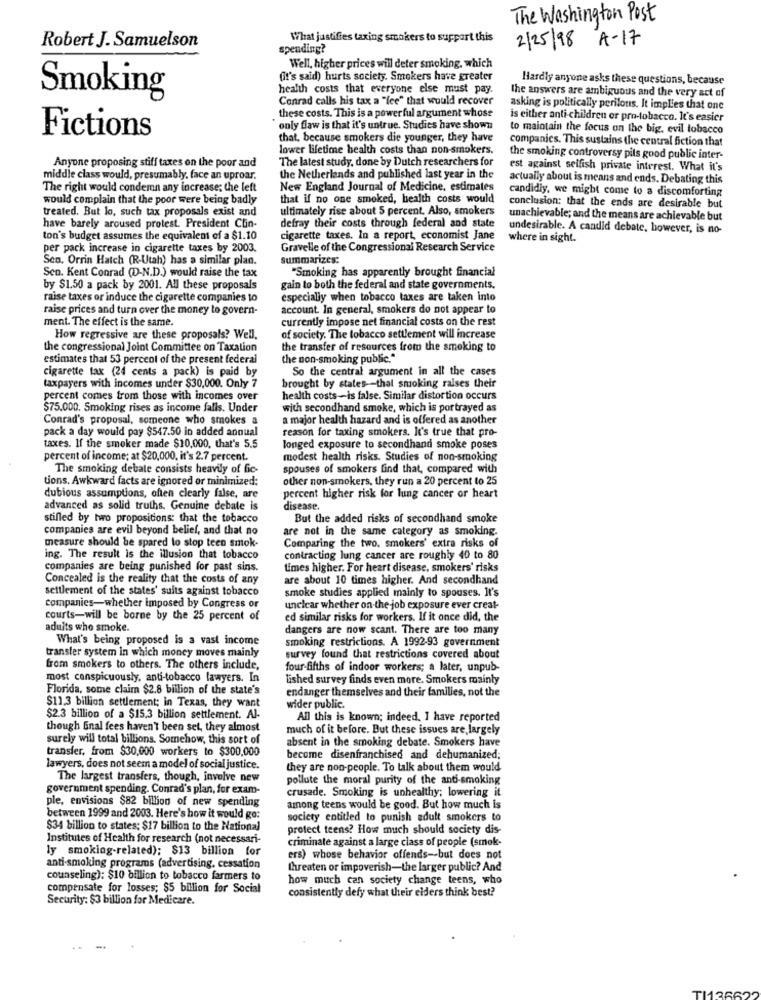
The Washington Post
Robert J. Samuelson
What justifies taxing smokers to support this
2/25/98 A-17
spending?
Well, higher prices will deter smoking, which
(it's said) hurts society. Smokers have greater
Hardly anyone asks these questions, because
Smoking
health costs that everyone else must pay.
the answers are ambiguous and the very act of
Conrad calls his tax a "fee" that would recover
asking is politically perilous. It implies that one
these costs. This is a powerful argument whose
is either anti-children or pro-tobacco. It's easier
only flaw is that it's untrue. Studies have shown
to maintain the focus on the big, evil tobacco
Fictions
that, because smokers die younger, they have
companies. This sustains the central fiction that
lower lifetime health costs than non-smokers.
Anyone proposing stiff taxes on the poor and
The latest study, done by Dutch researchers for
the smoking controversy pils good public inter-
est against selfish private interest. What it's
middle class would, presumably, face an uproar.
the Netherlands and published last year in the
actually about is means and ends. Debating this
The right would condemn any increase; the left
New England Journal of Medicine, estimates
candidiy, we might come to a discomforting
would complain that the poor were being badly
that if no one smoked, health costs would
treated. But lo, such tax proposals exist and
ultimately rise about 5 percent. Also, smokers
conclusion: that the ends are desirable but
unachievable; and the means are achievable but
have barely aroused protest. President Clin-
defray their costs through federal and state
undesirable. A candid debate, however, is no-
ton's budget assumes the equivalent of a $1.10
cigarette taxes. In a report, economist Jane
where in sight.
per pack increase in cigarette taxes by 2003.
Gravelle of the Congressional Research Service
Seo. Orrin Hatch (R-Utah) has a similar plan.
summarizes:
"Smoking has apparently brought financial
Sen. Kent Conrad (D-N.D.) would raise the tax
by $1.50 a pack by 2001. All these proposals
gain to both the federal and state governments.
raise taxes or induce the cigarette companies to
especially when tobacco taxes are taken into
raise prices and turn over the money to govern-
account. In general, smokers do not appear to
ment. The effect is the same.
currently impose net financial costs on the rest
How regressive are these proposals? Well.
of society. The tobacco settlement will increase
the congressional Joint Committee on Taxation
the transfer of resources from the smoking to
estimates that 53 percent of the present federal
the non-smoking public."
cigarette tax (24 cents a pack) is paid by
So the central argument in all the cases
taxpayers with incomes under $30,000. Only 7
brought by states -- that smoking raises their
percent comes from those with incomes over
health costs-is false. Similar distortion occurs
$75.000. Smoking rises as income falls. Under
with secondhand smoke, which is portrayed as
Conrad's proposal, someone who smokes a
a major health hazard and is offered as another
reason for taxing smokers. It's true that pro-
pack a day would pay $547.50 in added annual
taxes. If the smoker made $10,000, that's 5.5
longed exposure to secondhand smoke poses
percent of income; at $20,000, it's 2.7 percent.
modest health risks. Studies of non-smoking
The smoking debate consists heavily of fic-
spouses of smokers find that, compared with
tions. Awkward facts are ignored or minimized:
other non-smokers, they run a 20 percent to 25
dubious assumptions, often clearly false, are
percent higher risk for lung cancer or heart
advanced as solid truths. Genuine debate is
disease.
stifled by two propositions: that the tobacco
But the added risks of secondhand smoke
companies are evil beyond belief, and that no
are not in the same category as smoking.
measure should be spared to stop teen smok-
Comparing the two, smokers' extra risks of
ing. The result is the illusion that tobacco
contracting lung cancer are roughly 40 to 80
companies are being punished for past sins.
Umes higher. For heart disease, smokers' risks
Concealed is the reality that the costs of any
are about 10 times higher. And secondhand
settlement of the states' suits against tobacco
smoke studies applied mainly to spouses. It's
companies-whether imposed by Congress or
unclear whether on the job exposure ever creat-
courts-will be borne by the 25 percent of
ed similar risks for workers. If it once did, the
aduits who smoke.
dangers are now scant. There are too many
What's being proposed is a vast income
smoking restrictions. A 1992-93 government
transfer system in which money moves mainly
survey found that restrictions covered about
from smokers to others. The others include,
four-fifths of indoor workers; a later, unpub-
most conspicuously, anti-tobacco lawyers. In
Lished survey finds even more. Smokers mainly
Florida, some claim $2.8 billion of the state's
endanger themselves and their families, not the
$11.3 billion settlement; in Texas, they want
wider public.
$2.3 billion of a $15.3 billion settlement. Al-
All this is known; indeed. I have reported
though Gnal fees haven't been set, they almost
much of it before. But these issues are largely
surely will total billions. Somehow, this sort of
absent in the smoking debate. Smokers have
transfer, from $30,000 workers to $300,000
become disenfranchised and dehumanized;
lawyers, does not seem a model of social justice.
they are non-people. To talk about them would
The largest transfers, though, involve new
pollute the moral purity of the anti-smoking
government spending. Conrad's plan, for exam-
crusade. Smoking is unhealthy; lowering it
ple, envisions $82 billion of new spending
among teens would be good. But how much is
between 1999 and 2003. Here's how it would go:
society entitled to punish adult smokers to
$34 billion to states: $17 billion to the National
protect teens? How much should society dis-
Institutes of Health for research (not necessari-
criminate against a large class of people (smok-
ly smoking-related); $13 billion for
ers) whose behavior offends-but does not
anti-smoking programs (advertising, cessation
threaten or impoverish-the larger public? And
counseling): $10 billion to tobacco farmers to
how much can society change teens, who
compensate for losses; $5 billion for Social
consistently defy what their elders think best?
Security: $3 billion for Medicare.
TI136622